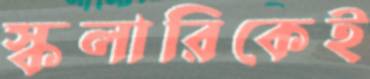
স্কলারিকেই